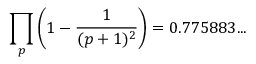
\prod _ { p } \left( 1 - { \frac { 1 } { ( p + 1 ) ^ { 2 } } } \right) = 0 . 7 7 5 8 8 3 . . .